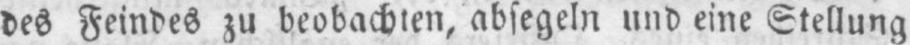
des Feindes zu beobachten, absegeln und eine Stellung